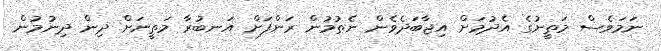
ނަމަވެސް މަތީނުގެ އެދުމަށް އިޖާބަދެވެން ނެތުމުން ރަންފަށް އަނބުރާ މަތީނަށް ދިން ދިނުމުން